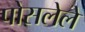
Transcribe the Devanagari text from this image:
पोसलेले